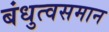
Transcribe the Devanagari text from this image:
बंधुत्वसमान